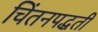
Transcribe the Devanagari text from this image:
चिंतनपद्धती